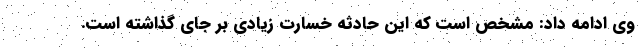
وی ادامه داد: مشخص است که این حادثه خسارت زیادی بر جای گذاشته است.